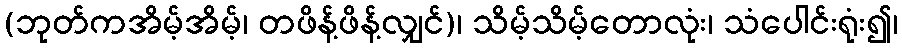
(ဘုတ်ကအိမ့်အိမ့်၊ တဖိန့်ဖိန့်လျှင်)၊ သိမ့်သိမ့်တောလုံး၊ သံပေါင်းရုံး၍၊